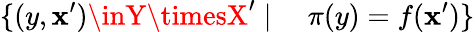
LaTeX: \{ (y,\mathbf{x}^{\prime})\inY\timesX^{\prime}\mid\quad\pi(y)=f(\mathbf{x}^{\prime})\}